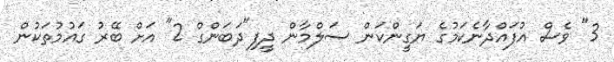
3" ވެސް އުފައްދާނެކަމުގެ ޔަގީންކަން ސަލްމާން ދީފި"ދަބަންގް 2" އަށް ބޭރު ގައުމުތަކުން